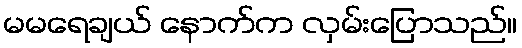
မမရေချယ် နောက်က လှမ်းပြောသည်။